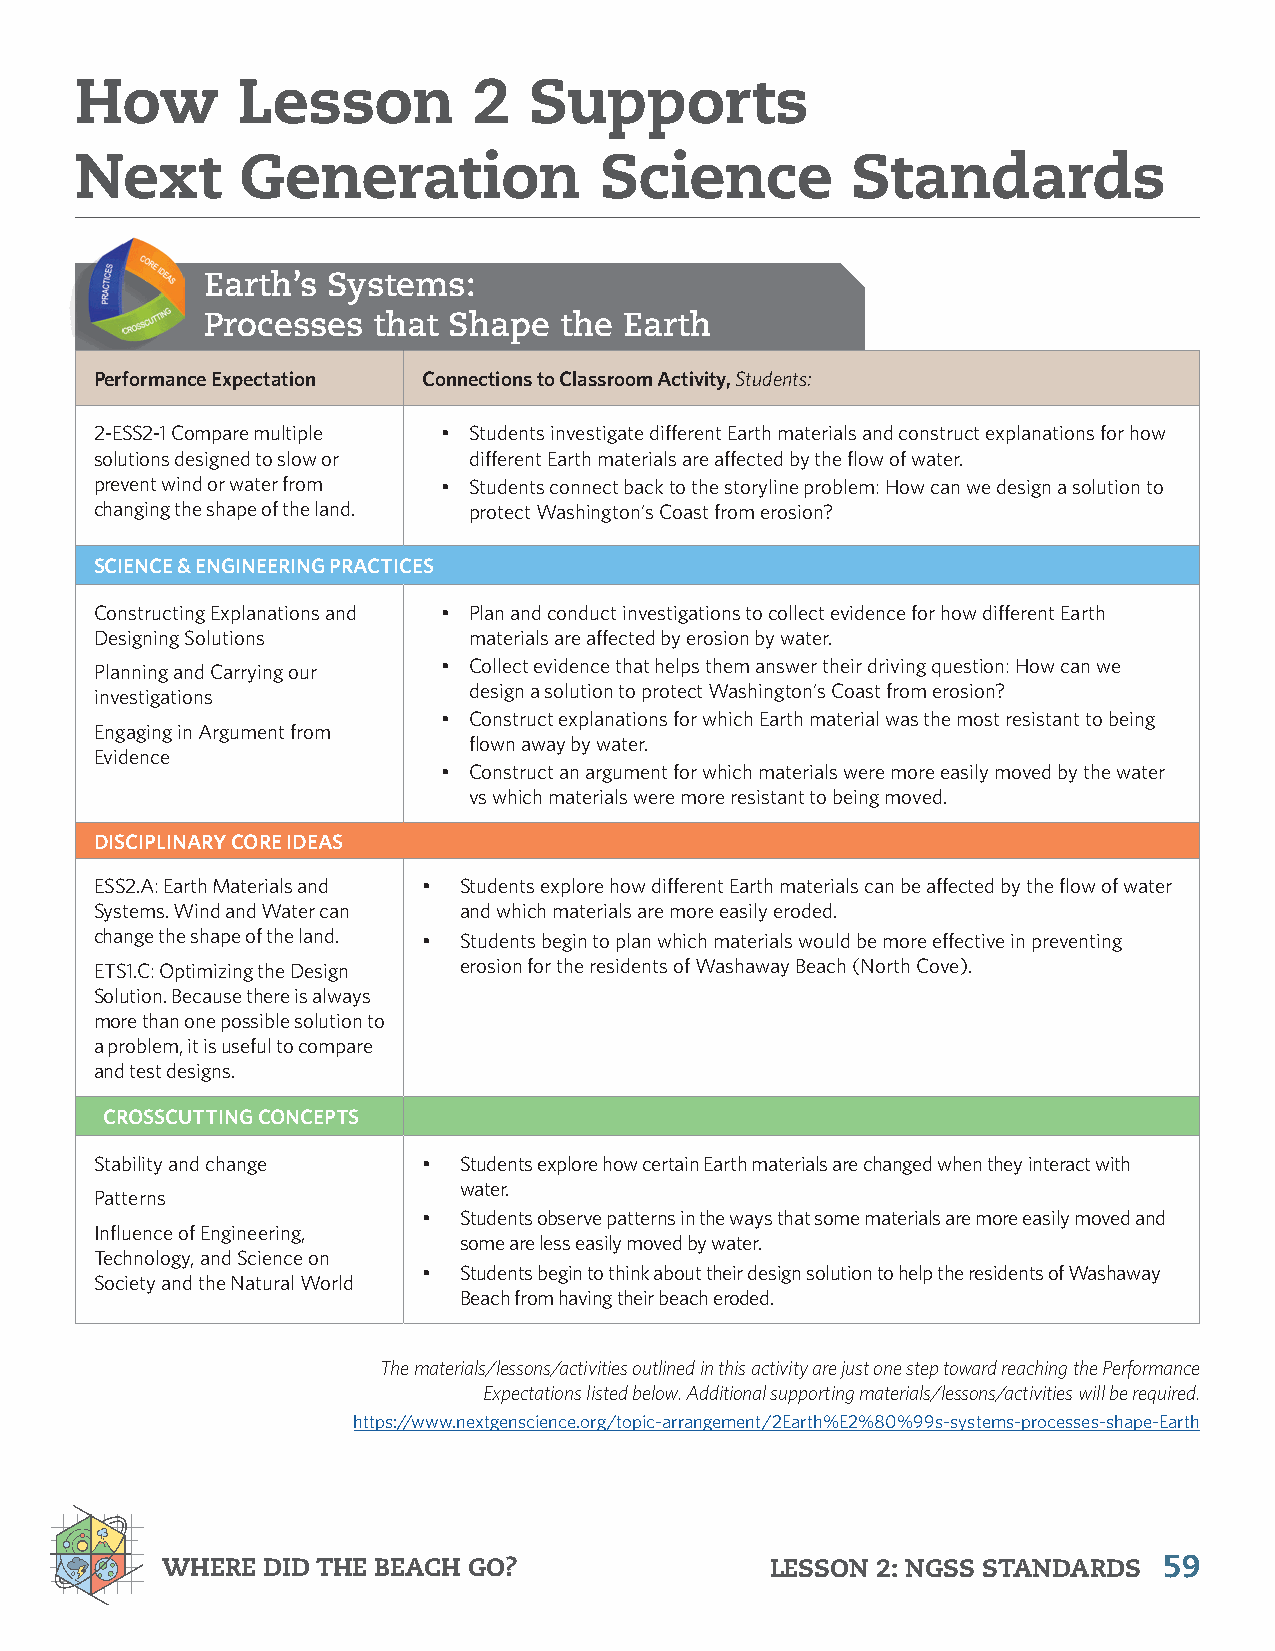
How        Lesson         2   Supports
 Next       Generation              Science         Standards
 Earth’s Systems:
 Processes  that Shape  the Earth
 Performance Expectation Connections to Classroom Activity, Students:
 2-ESS2-1 Compare multiple • Students investigate different Earth materials and construct explanations for how
 solutions designed to slow or different Earth materials are affected by the flow of water.
 prevent wind or water from • Students connect back to the storyline problem: How can we design a solution to
 changing the shape of the land. protect Washington’s Coast from erosion?
 SCIENCE & ENGINEERING PRACTICES
 Constructing Explanations and • Plan and conduct investigations to collect evidence for how different Earth
 Designing Solutions      materials are affected by erosion by water.
 • Collect evidence that helps them answer their driving question: How can we
 Planning and Carrying our
 design a solution to protect Washington’s Coast from erosion?
 investigations
 • Construct explanations for which Earth material was the most resistant to being
 Engaging in Argument from
 flown away by water.
 Evidence
 • Construct an argument for which materials were more easily moved by the water
 vs which materials were more resistant to being moved.
 DISCIPLINARY CORE IDEAS
 ESS2.A: Earth Materials and • Students explore how different Earth materials can be affected by the flow of water
 Systems. Wind and Water can and which materials are more easily eroded.
 change the shape of the land. • Students begin to plan which materials would be more effective in preventing
 ETS1.C: Optimizing the Design erosion for the residents of Washaway Beach (North Cove).
 Solution. Because there is always
 more than one possible solution to
 a problem, it is useful to compare
 and test designs.
 CROSSCUTTING CONCEPTS
 Stability and change  • Students explore how certain Earth materials are changed when they interact with
 water.
 Patterns
 • Students observe patterns in the ways that some materials are more easily moved and
 Influence of Engineering,
 some are less easily moved by water.
 Technology, and Science on
 • Students begin to think about their design solution to help the residents of Washaway
 Society and the Natural World
 Beach from having their beach eroded.
 The materials/lessons/activities outlined in this activity are just one step toward reaching the Performance
 Expectations listed below. Additional supporting materials/lessons/activities will be required.
 https://www.nextgenscience.org/topic-arrangement/2Earth%E2%80%99s-systems-processes-shape-Earth
 WHERE DID THE BEACH GO?                 LESSON 2: NGSS STANDARDS  59